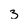
Character: 3